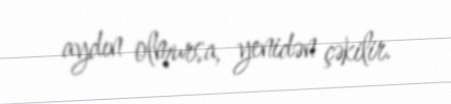
aydın olmursa, yenidən çəkilir.